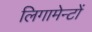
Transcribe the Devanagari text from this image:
लिगामेन्टों